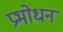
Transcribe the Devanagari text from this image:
प्रभोधन